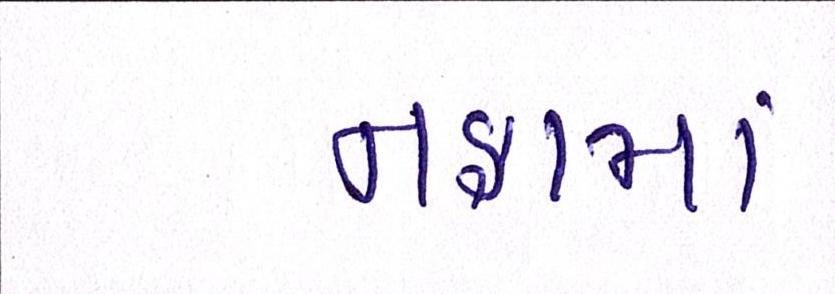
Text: નફામાં